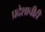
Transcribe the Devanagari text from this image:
प्रदेशाचीही